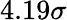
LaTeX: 4.19\sigma